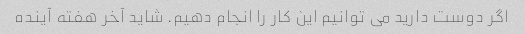
اگر دوست دارید می توانیم این کار را انجام دهیم. شاید آخر هفته آینده